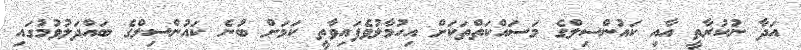
އަދާ ނުކުރާތީ އާއި ކައުންސިލްގެ މަސައްކަތްތަކަށް އިހުމާލުވެފައިވާތީ ކަމަށް ބުނެ ކައުންސިލްގެ ބައްދަލުވުމުގައި